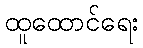
ထူထောင်ရေး